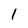
Character: 1